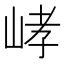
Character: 𡷸